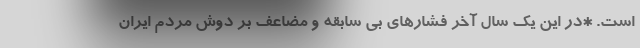
است. *در این یک سال آخر فشار‌های بی سابقه و مضاعف بر دوش مردم ایران